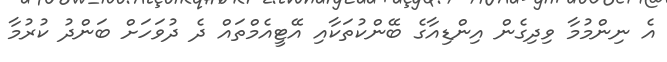
އެ ނިންމުމާ ވިދިގެން އިންޑިއާގެ ބޭންކުތަކާއި އޭޓީއެމްތައް ދެ ދުވަހަށް ބަންދު ކުރުމާ